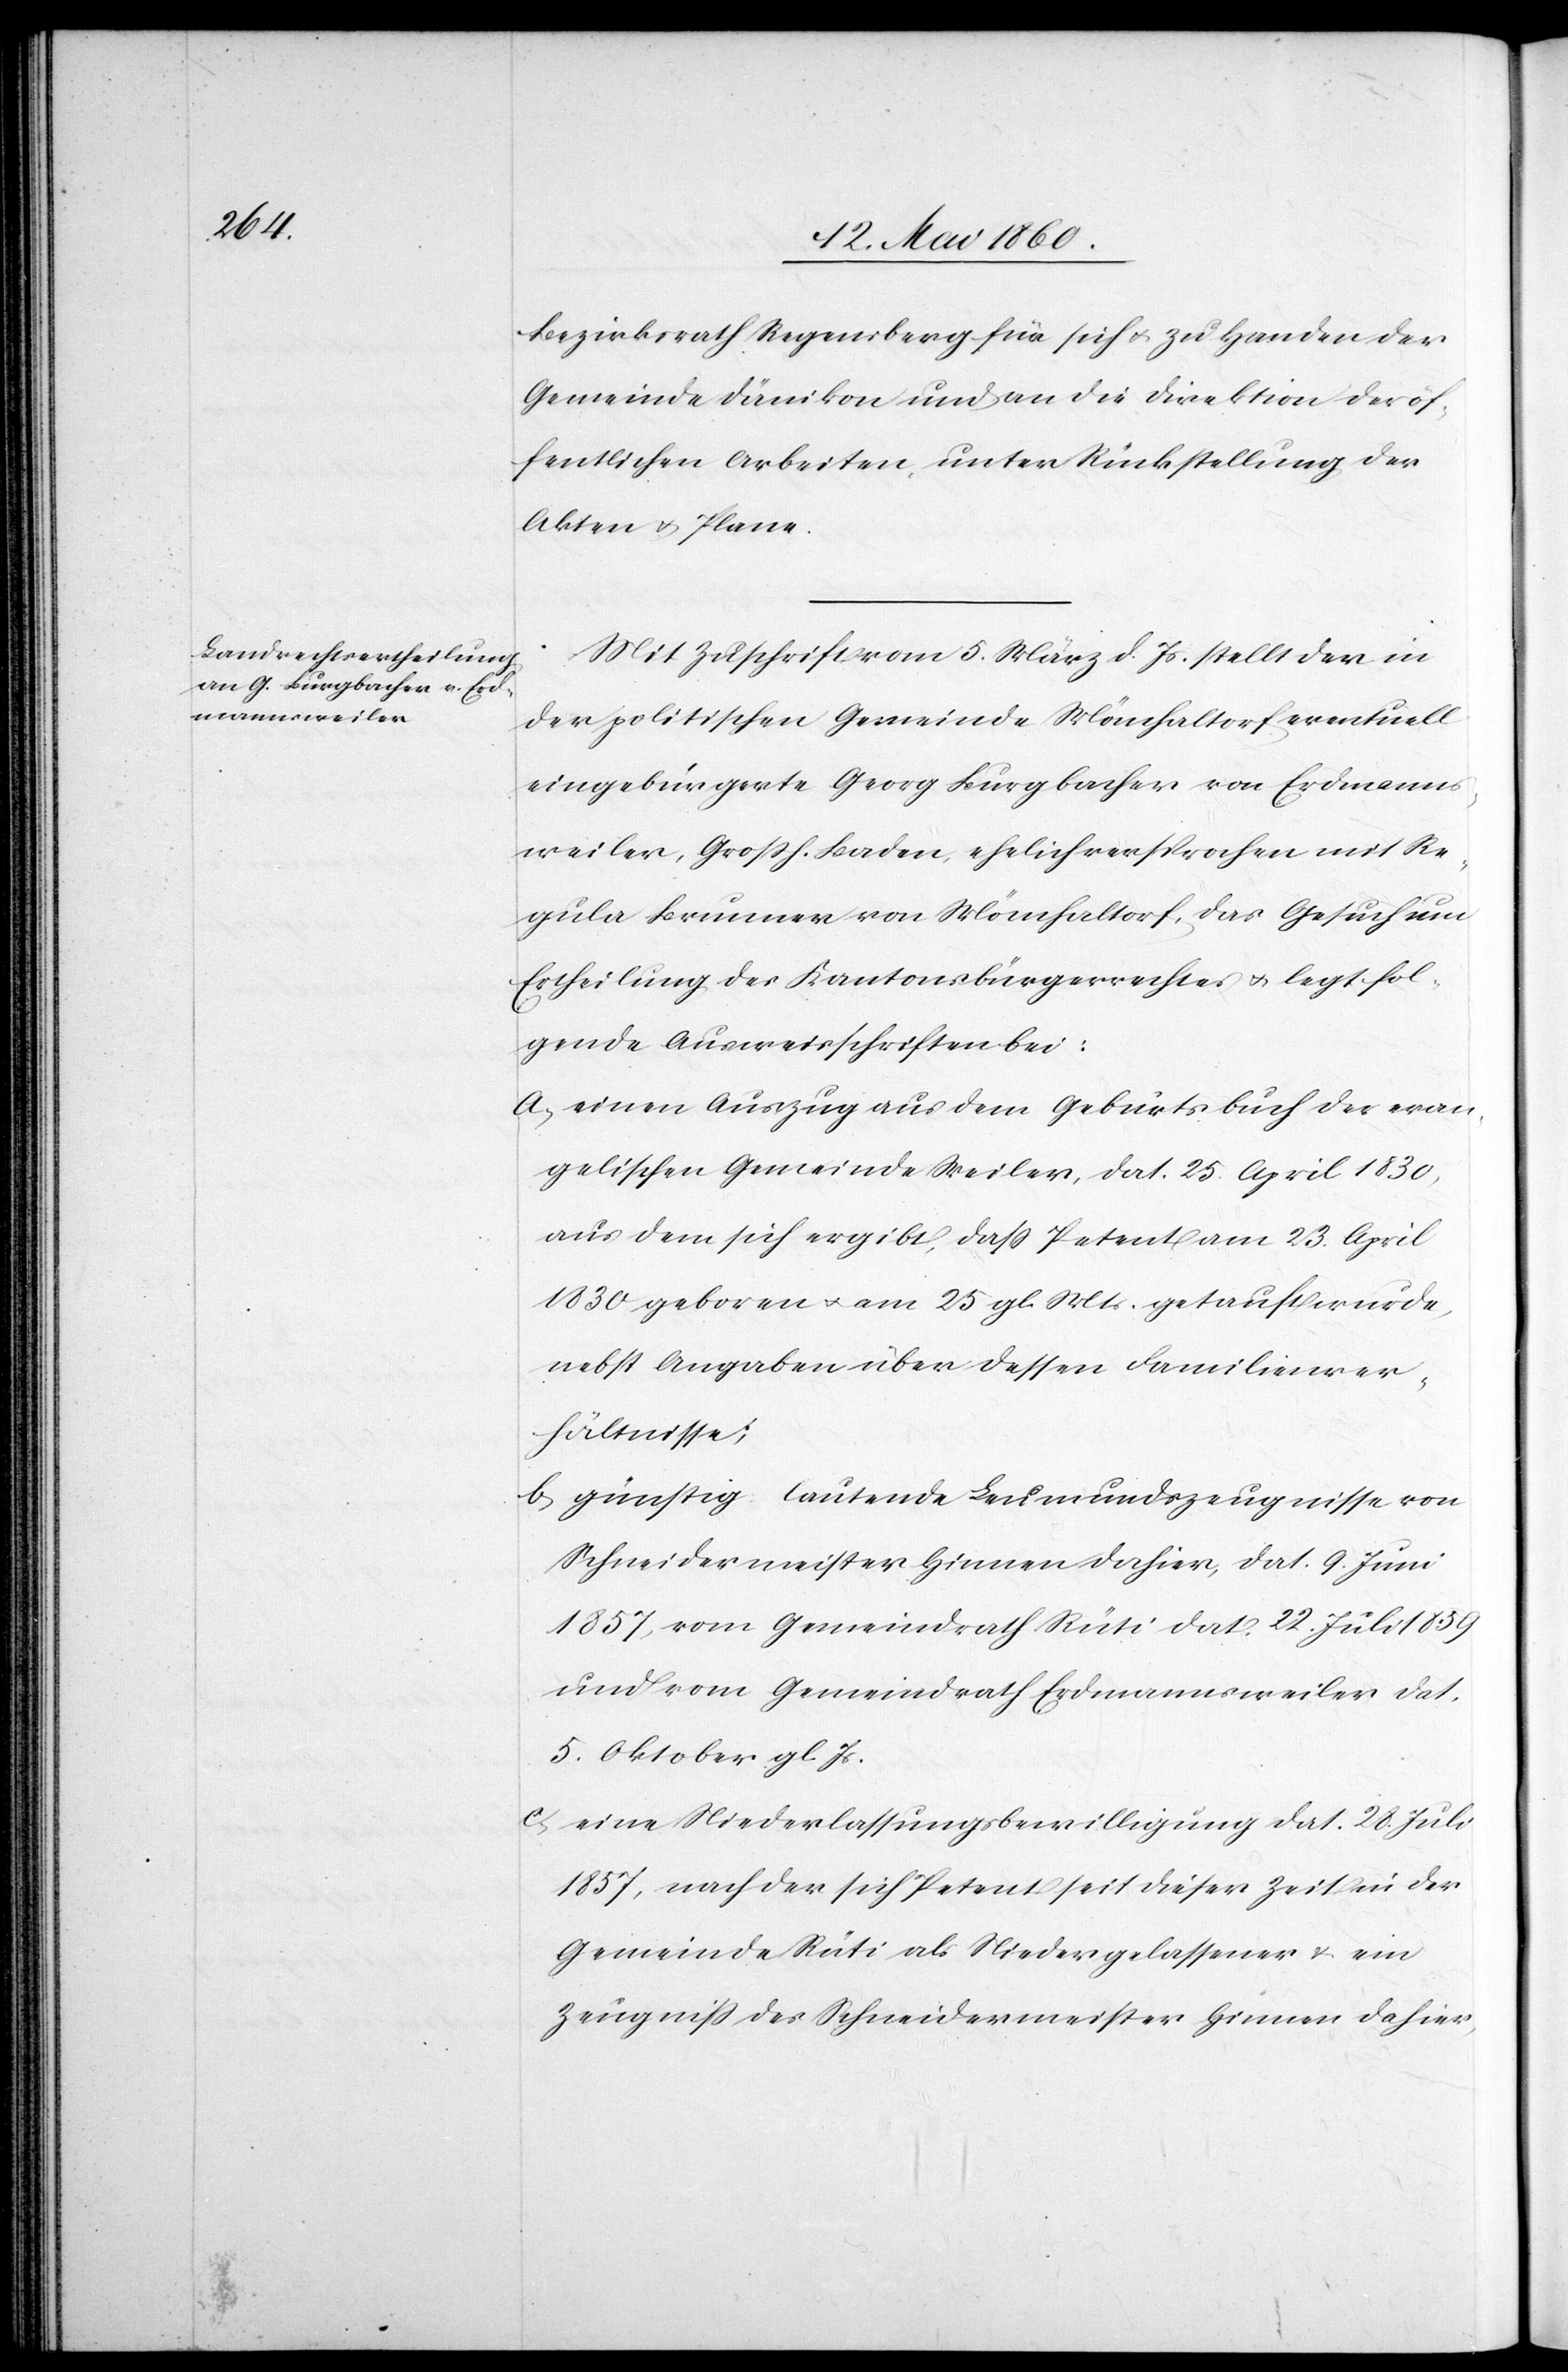
Mit Zuschrift vom 5. März d. Js. stellt der in
der politischen Gemeinde Mönchaltorf eventuell
eingebürgerte Georg Burgbacher von Erdmanns¬
weiler, Grossh. Baden, ehelich versprochen mit Re¬
gula Brunner von Mönchaltorf, das Gesuch um
Ertheilung des Kantonsbürgerrechtes u. legt fol¬
gende Ausweisschriften bei:
a) einen Auszug aus dem Geburtsbuch der evan¬
gelischen Gemeinde Weiler, dat. 25. April 1830,
aus dem sich ergibt, dass Petent am 23. April
1830 geboren u. am 25. gl. Mts. getauft wurde,
nebst Angaben über dessen Familienver¬
hältnisse;
b) günstig lautende Leumundszeugnisse von
Schneidermeister Hinnen dahier, dat. 9. Juni
1857, vom Gemeindrath Rüti dat. 22. Juli 1859
und vom Gemeindrath Erdmannsweiler dat.
5. Oktober gl. Js.
c) eine Niederlassungsbewilligung dat. 28. Juli
1857, nach der sich Petent seit dieser Zeit in der
Gemeinde Rüti als Niedergelassener u. ein
Zeugniss des Schneidermeister Hinnen dahier,